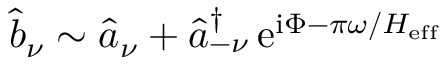
\widehat { b } _ { \nu } \sim \widehat { a } _ { \nu } + \widehat { a } _ { - \nu } ^ { \dagger } \, \mathrm { e } ^ { \mathrm { i } \Phi - \pi \omega / H _ { \mathrm { e f f } } }